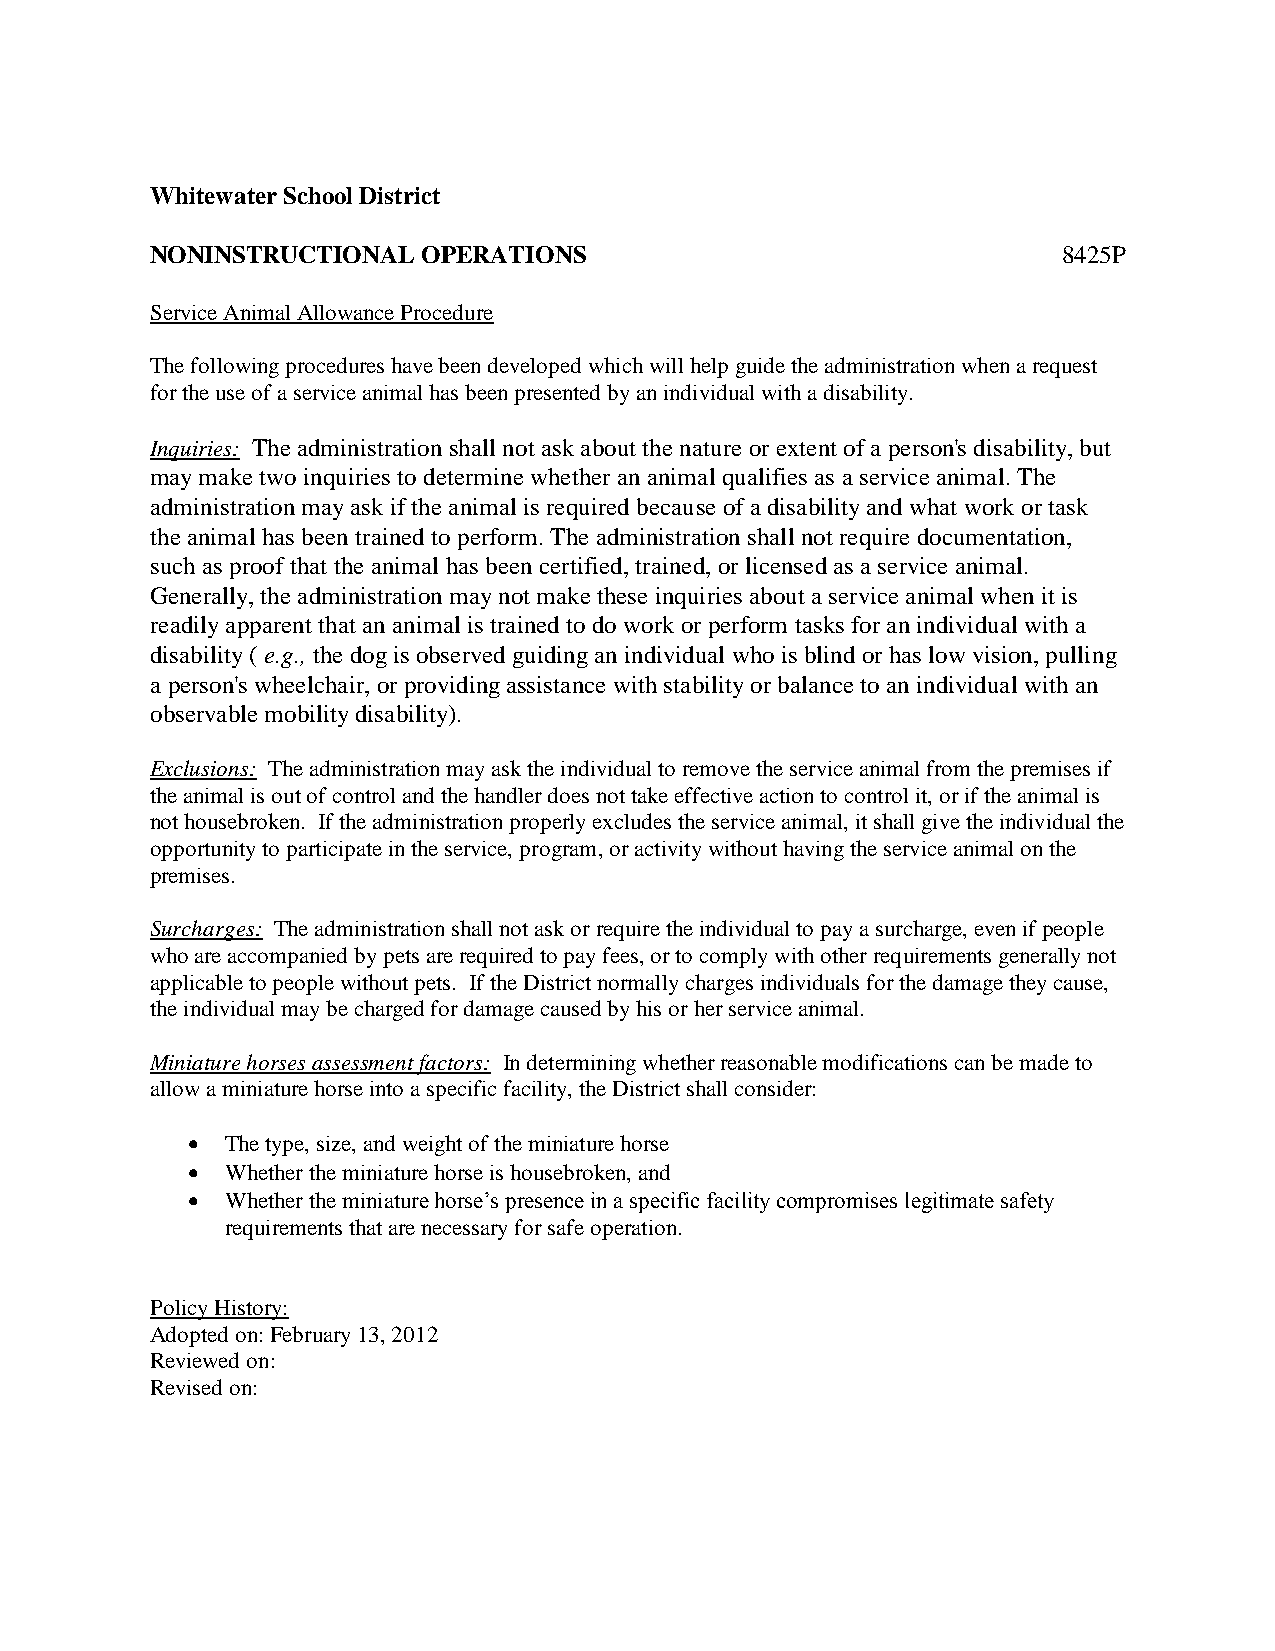
Whitewater School District
 NONINSTRUCTIONAL  OPERATIONS                                8425P
 Service Animal Allowance Procedure
 The following procedures have been developed which will help guide the administration when a request
 for the use of a service animal has been presented by an individual with a disability.
 Inquiries: The administration shall not ask about the nature or extent of a person's disability, but
 may make two inquiries to determine whether an animal qualifies as a service animal. The
 administration may ask if the animal is required because of a disability and what work or task
 the animal has been trained to perform. The administration shall not require documentation,
 such as proof that the animal has been certified, trained, or licensed as a service animal.
 Generally, the administration may not make these inquiries about a service animal when it is
 readily apparent that an animal is trained to do work or perform tasks for an individual with a
 disability ( e.g., the dog is observed guiding an individual who is blind or has low vision, pulling
 a person's wheelchair, or providing assistance with stability or balance to an individual with an
 observable mobility disability).
 Exclusions: The administration may ask the individual to remove the service animal from the premises if
 the animal is out of control and the handler does not take effective action to control it, or if the animal is
 not housebroken. If the administration properly excludes the service animal, it shall give the individual the
 opportunity to participate in the service, program, or activity without having the service animal on the
 premises.
 Surcharges: The administration shall not ask or require the individual to pay a surcharge, even if people
 who are accompanied by pets are required to pay fees, or to comply with other requirements generally not
 applicable to people without pets. If the District normally charges individuals for the damage they cause,
 the individual may be charged for damage caused by his or her service animal.
 Miniature horses assessment factors: In determining whether reasonable modifications can be made to
 allow a miniature horse into a specific facility, the District shall consider:
   The type, size, and weight of the miniature horse
   Whether the miniature horse is housebroken, and
   Whether the miniature horse’s presence in a specific facility compromises legitimate safety
 requirements that are necessary for safe operation.
 Policy History:
 Adopted on: February 13, 2012
 Reviewed on:
 Revised on: